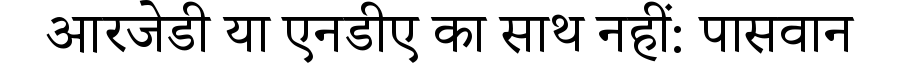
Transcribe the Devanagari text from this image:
आरजेडी या एनडीए का साथ नहीं: पासवान